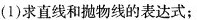
(1)求直线和抛物线的表达式；